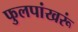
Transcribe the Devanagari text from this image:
फुलपांखरूं